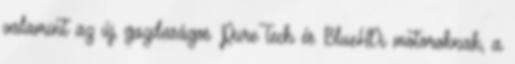
valamint az új, gazdaságos PureTech és BlueHDi motoroknak, a